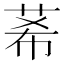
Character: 莃